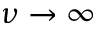
\nu \to \infty